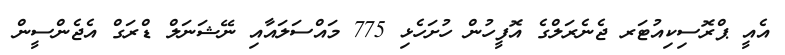
އެއީ ޕްރޮސިކިއުޓަރ ޖެނެރަލްގެ އޮފީހުން ހުށަހެޅި 775 މައްސަލައާއި ނޭޝަނަލް ޑްރަގް އެޖެންސީން